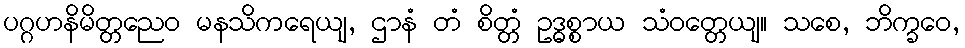
ပဂ္ဂဟနိမိတ္တညေဝ မနသိကရေယျ, ဌာနံ တံ စိတ္တံ ဥဒ္ဓစ္စာယ သံဝတ္တေယျ။ သစေ, ဘိက္ခဝေ,